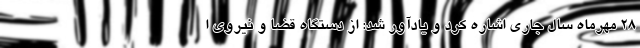
۲۸ مهرماه سال جاری اشاره کرد و یادآور شد: از دستگاه قضا و نیروی ا